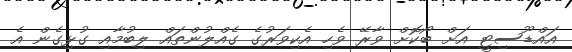
އައްޑޫސިޓީ އަށް ބޯކޮށް ވާރޭ ވެހި އެކިވަރުގެ ގެއްލުންތައް ލިބުމާއި ގުޅިގެން އެ